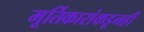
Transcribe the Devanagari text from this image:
मूर्तिकारांकडूनही